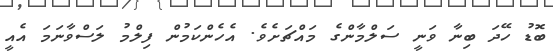
ބޮޑު ހޭދަ ބިނާ ވަނީ ސަލްމާންގެ މައްޗަށެވެ. އެހެންކަމުން ފިލްމު ލަސްވާނަމަ އެއީ